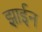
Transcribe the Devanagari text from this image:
झाईन